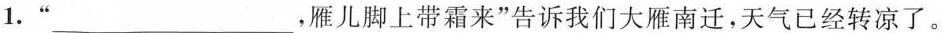
1.”___，雁儿脚上带霜来”告诉我们大雁南迁，天气已经转凉了。